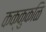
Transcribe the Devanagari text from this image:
कक्कुकळि